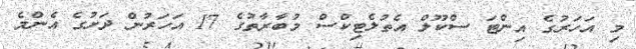
މި އަހަރުގެ އިންޓަ ސްކޫލް އެތުލެޓިކްސް މުބާރާތުގެ 17 އަހަރުން ދަށުގެ އެންމެ